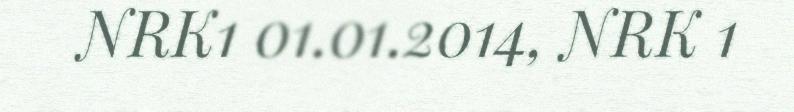
NRK1 01.01.2014, NRK 1